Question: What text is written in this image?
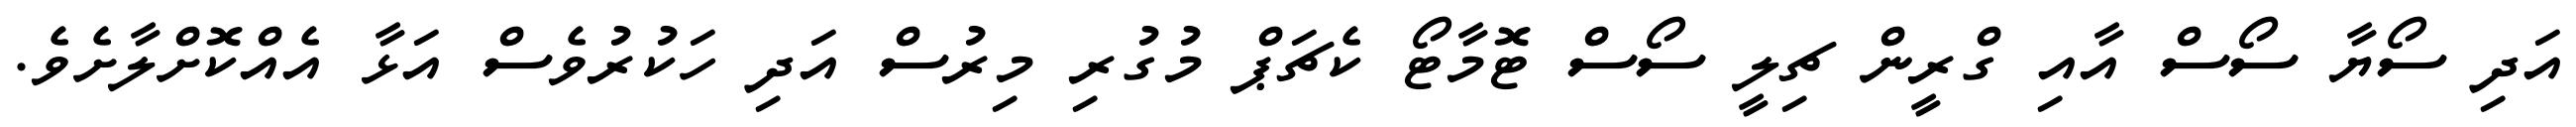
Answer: އަދި ސޯޔާ ސޯސް އާއި ގްރީން ޗިލީ ސޯސް ޓޮމާޓޯ ކެޗަޕް މުގުރި މިރުސް އަދި ހަކުރުވެސް އަޅާ އެއްކޮށްލާށެވެ.